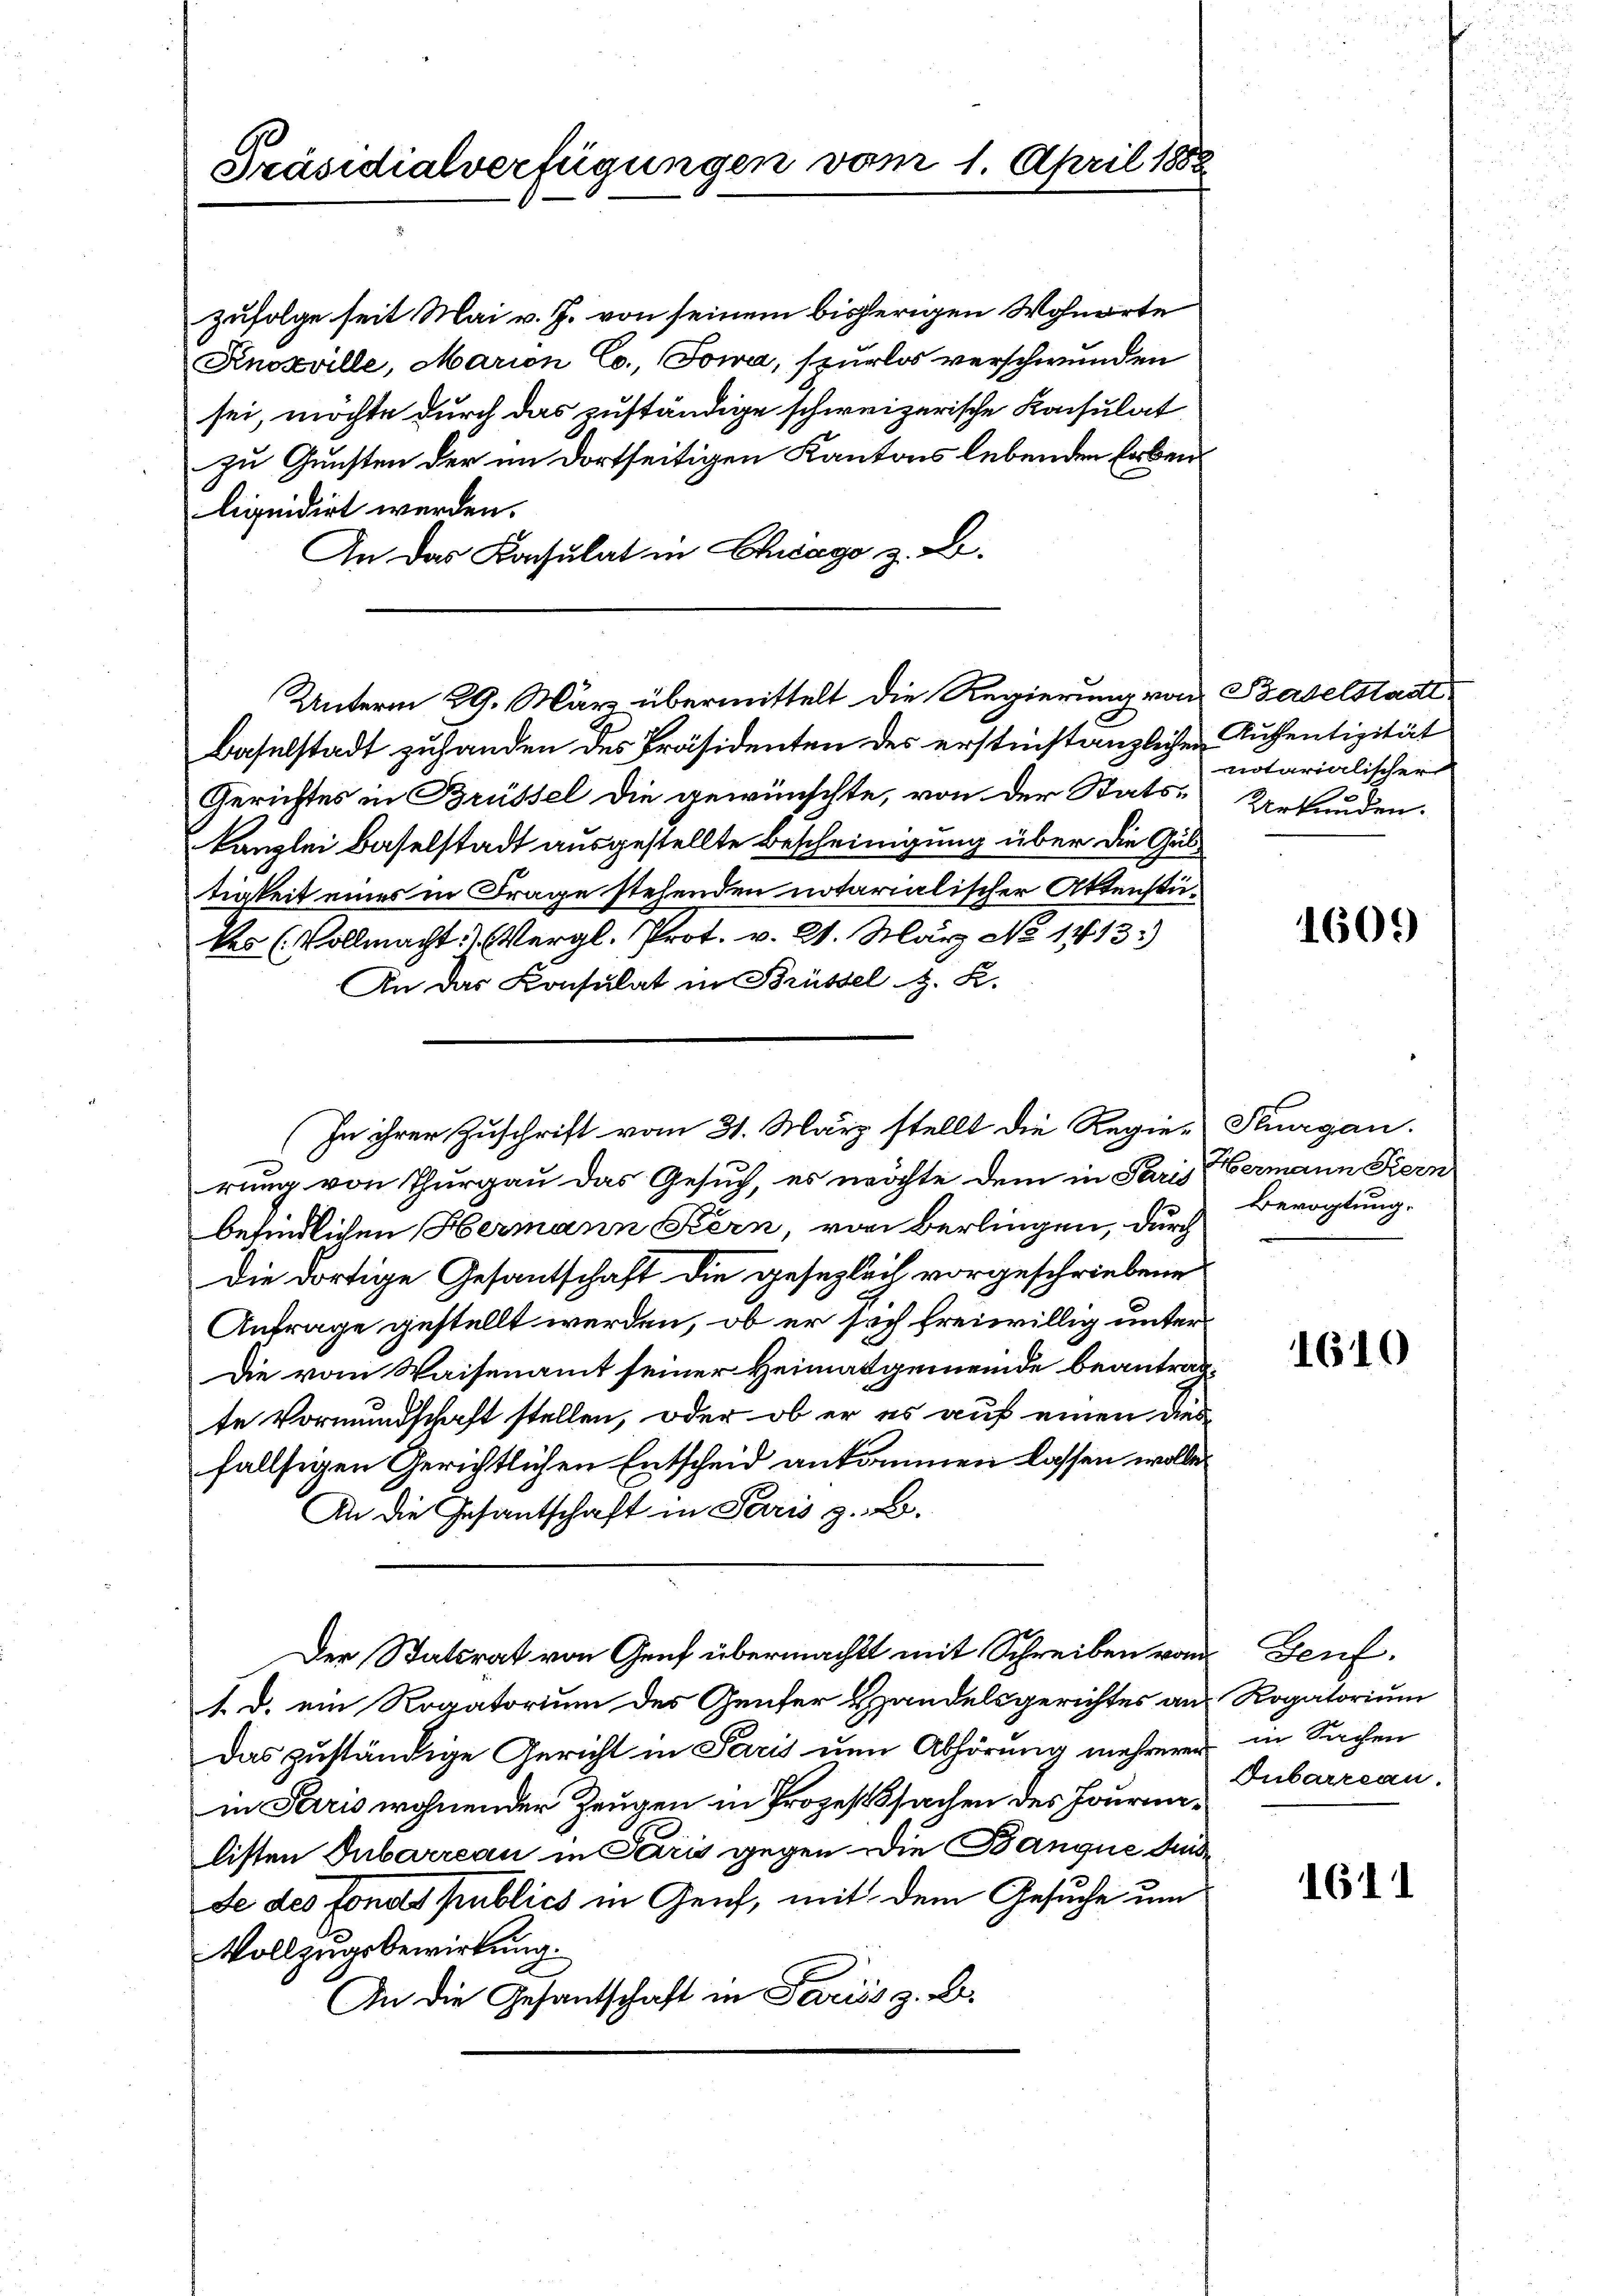
Präsidialverfügungen vom 1. April 1888

zufolge seit Mai v. J. von seinem bisherigen Wohnorte
Knoxville, Marien Co., Sowa, spurlos verschwunden
sei, möchte durch das zuständige schweizerische Konsulat
zu Gunsten der im dortseitigen Kantons lebenden Erbenliquidirt werden.
An das Konsulat in Chicago z. B.
Baselstadt zuhanden des Präsidenten des erstinstanzlichen Zusentizität
Gerichtes in Brüssel die gewünschte, von der Stats-Urkunden.
kanzlei Baselstadt ausgestellte Bescheinigung über die Gultigkeit eines in Frage stehenden notarialischer Aktenstükes (Vollmacht. (Vergl. Prot. v. 2. März No 1413)
An das Consulat in Brüssel z. B.
rung von Thurgau das Gesuch, es möchte dem in Paris
befindlichen Hermann Stern, von Berlingen, durch
Die dortige Gesantschaft die gesezlich vorgeschriebene
Antrage gestellt werden, ob er sich freiwillig unter¬
Die vom Waisenamt seiner Heimatgemeinde beantrag
te Vormundschaft stellen, oder ob er es auf einen dies
fallsigen Gerichtlichen Entscheid ankommen lassen wolle.
An die Gesantschaft in Paris z. B.
Der Statsrat von Genf übermacht mit Schreiben vom Genf.
1. d. ein Rogatorium des Genfer Handelsgerichtes an
Das zuständige Gericht in Paris um Abhörung mehrerer in Sachen
in Terris wohnender Zeugen in Prozessachen des Journalisten Dubarreau in Perić gegen Die Banque Ausde des fonds publics in Zeich, mit dem Gesuche um
Vollzugsbewirkung.
An die Gesantschaft in Pariss z. B.

Unterm 29. März übermittelt die Regierung von Baselstadt

(In ihrer Zuschrift vom 31. März stellt die Regie-

notarialischer

1605)

Flurgau.
Hermann Kern
Bevogtung.

1610

Rogatorium
Dubarreau.

1611